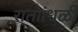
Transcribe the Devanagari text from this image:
राताांधळी